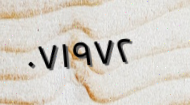
٠٧١٩٧٢